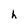
Character: h